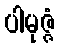
ပါမုဇ္ဇံ